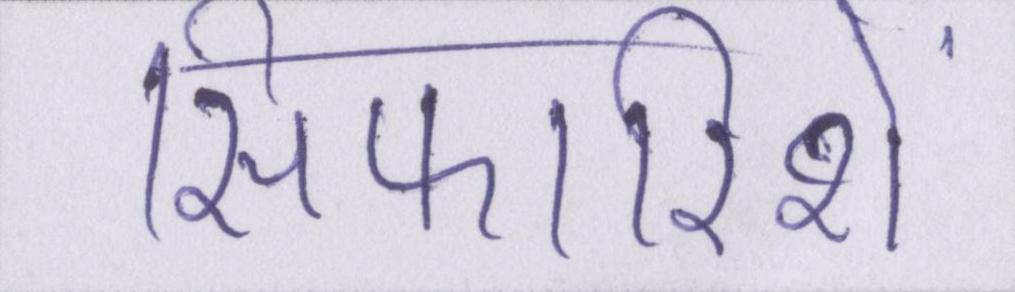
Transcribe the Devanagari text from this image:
सिफारिशें